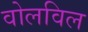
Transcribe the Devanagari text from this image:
वोलविल